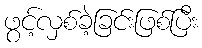
ဖွင့်လှစ်ခဲ့ခြင်းဖြစ်ပြီး